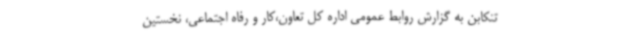
تنکابن به گزارش روابط عمومی اداره کل تعاون،کار و رفاه اجتماعی، نخستین